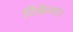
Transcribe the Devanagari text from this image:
टिकेगा।